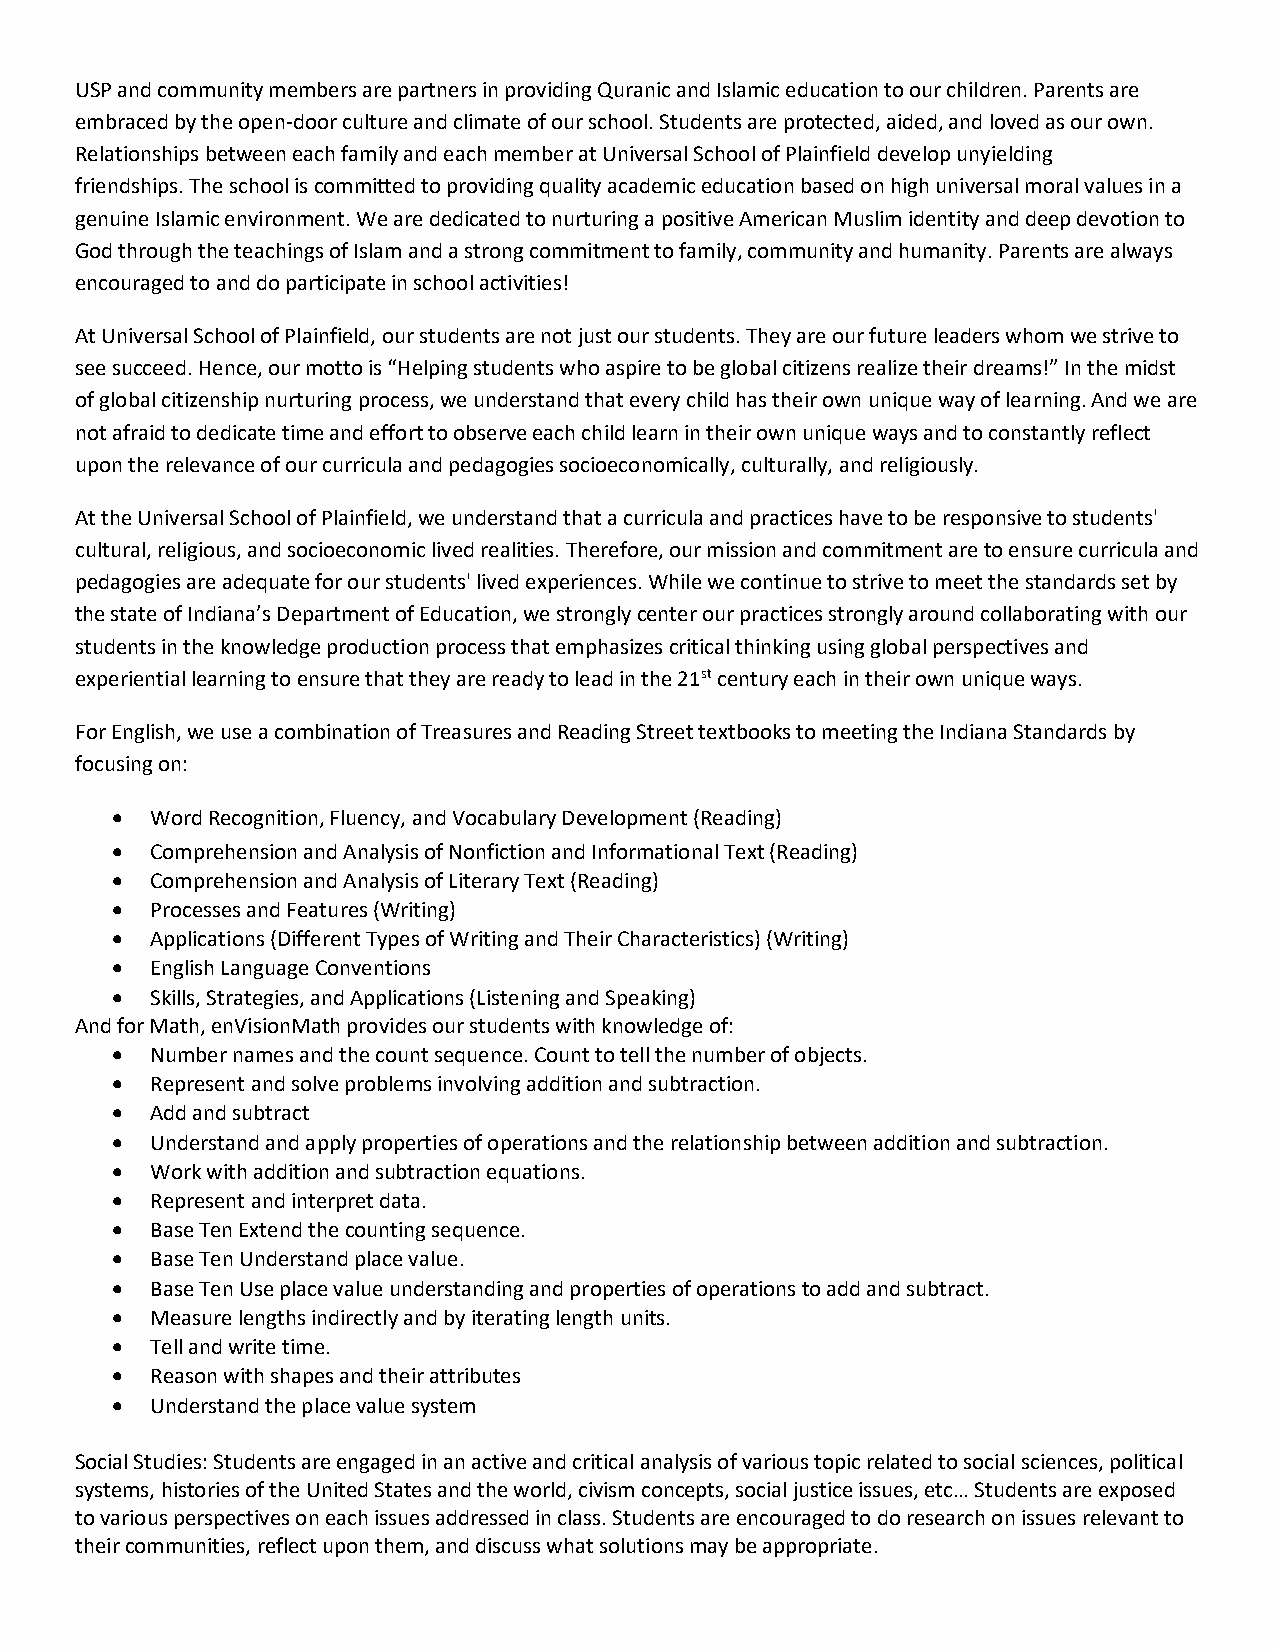
USP and community members are partners in providing Quranic and Islamic education to our children. Parents are
 embraced by the open-door culture and climate of our school. Students are protected, aided, and loved as our own.
 Relationships between each family and each member at Universal School of Plainfield develop unyielding
 friendships. The school is committed to providing quality academic education based on high universal moral values in a
 genuine Islamic environment. We are dedicated to nurturing a positive American Muslim identity and deep devotion to
 God through the teachings of Islam and a strong commitment to family, community and humanity. Parents are always
 encouraged to and do participate in school activities!
 At Universal School of Plainfield, our students are not just our students. They are our future leaders whom we strive to
 see succeed. Hence, our motto is “Helping students who aspire to be global citizens realize their dreams!” In the midst
 of global citizenship nurturing process, we understand that every child has their own unique way of learning. And we are
 not afraid to dedicate time and effort to observe each child learn in their own unique ways and to constantly reflect
 upon the relevance of our curricula and pedagogies socioeconomically, culturally, and religiously.
 At the Universal School of Plainfield, we understand that a curricula and practices have to be responsive to students'
 cultural, religious, and socioeconomic lived realities. Therefore, our mission and commitment are to ensure curricula and
 pedagogies are adequate for our students' lived experiences. While we continue to strive to meet the standards set by
 the state of Indiana’s Department of Education, we strongly center our practices strongly around collaborating with our
 students in the knowledge production process that emphasizes critical thinking using global perspectives and
 experiential learning to ensure that they are ready to lead in the 21st century each in their own unique ways.
 For English, we use a combination of Treasures and Reading Street textbooks to meeting the Indiana Standards by
 focusing on:
 •  Word Recognition, Fluency, and Vocabulary Development (Reading)
 •  Comprehension and Analysis of Nonfiction and Informational Text (Reading)
 •  Comprehension and Analysis of Literary Text (Reading)
 •  Processes and Features (Writing)
 •  Applications (Different Types of Writing and Their Characteristics) (Writing)
 •  English Language Conventions
 •  Skills, Strategies, and Applications (Listening and Speaking)
 And for Math, enVisionMath provides our students with knowledge of:
 •  Number names and the count sequence. Count to tell the number of objects.
 •  Represent and solve problems involving addition and subtraction.
 •  Add and subtract
 •  Understand and apply properties of operations and the relationship between addition and subtraction.
 •  Work with addition and subtraction equations.
 •  Represent and interpret data.
 •  Base Ten Extend the counting sequence.
 •  Base Ten Understand place value.
 •  Base Ten Use place value understanding and properties of operations to add and subtract.
 •  Measure lengths indirectly and by iterating length units.
 •  Tell and write time.
 •  Reason with shapes and their attributes
 •  Understand the place value system
 Social Studies: Students are engaged in an active and critical analysis of various topic related to social sciences, political
 systems, histories of the United States and the world, civism concepts, social justice issues, etc… Students are exposed
 to various perspectives on each issues addressed in class. Students are encouraged to do research on issues relevant to
 their communities, reflect upon them, and discuss what solutions may be appropriate.